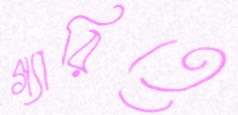
গ্যারিতে